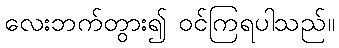
လေးဘက်တွား၍ ဝင်ကြရပါသည်။